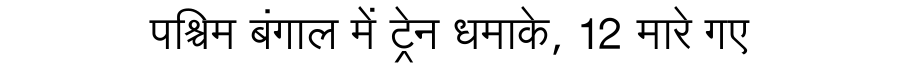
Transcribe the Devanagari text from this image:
पश्चिम बंगाल में ट्रेन धमाके, 12 मारे गए